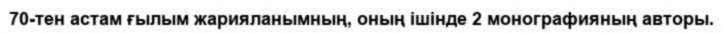
70-тен астам ғылым жарияланымның, оның ішінде 2 монографияның авторы.